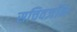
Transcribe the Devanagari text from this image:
सचिवजॉन